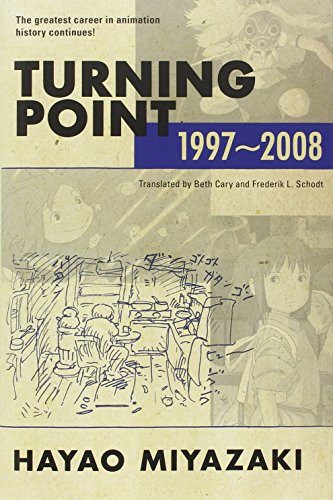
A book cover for Turning Point, 1997-2008; Hayao Miyazaki; Humor & Entertainment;